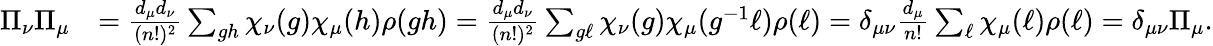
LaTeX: \begin{array}{rl}{\Pi_{\nu}\Pi_{\mu}}&{=\frac{d_{\mu}d_{\nu}}{(n!)^{2}}\sum_{gh}\chi_{\nu}(g)\chi_{\mu}(h)\rho(gh)=\frac{d_{\mu}d_{\nu}}{(n!)^{2}}\sum_{g\ell}\chi_{\nu}(g)\chi_{\mu}(g^{-1}\ell)\rho(\ell)=\delta_{\mu\nu}\frac{d_{\mu}}{n!}\sum_{\ell}\chi_{\mu}(\ell)\rho(\ell)=\delta_{\mu\nu}\Pi_{\mu}.}\end{array}